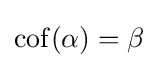
\operatorname {cof} (\alpha )=\beta